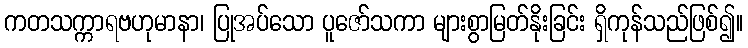
ကတသက္ကာရဗဟုမာနာ၊ ပြုအပ်သော ပူဇော်သကာ များစွာမြတ်နိုးခြင်း ရှိကုန်သည်ဖြစ်၍။